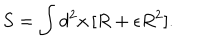
S = \int d ^ { 2 } x \, [ R + \epsilon R ^ { 2 } ] .